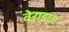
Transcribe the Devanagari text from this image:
बेराइछा